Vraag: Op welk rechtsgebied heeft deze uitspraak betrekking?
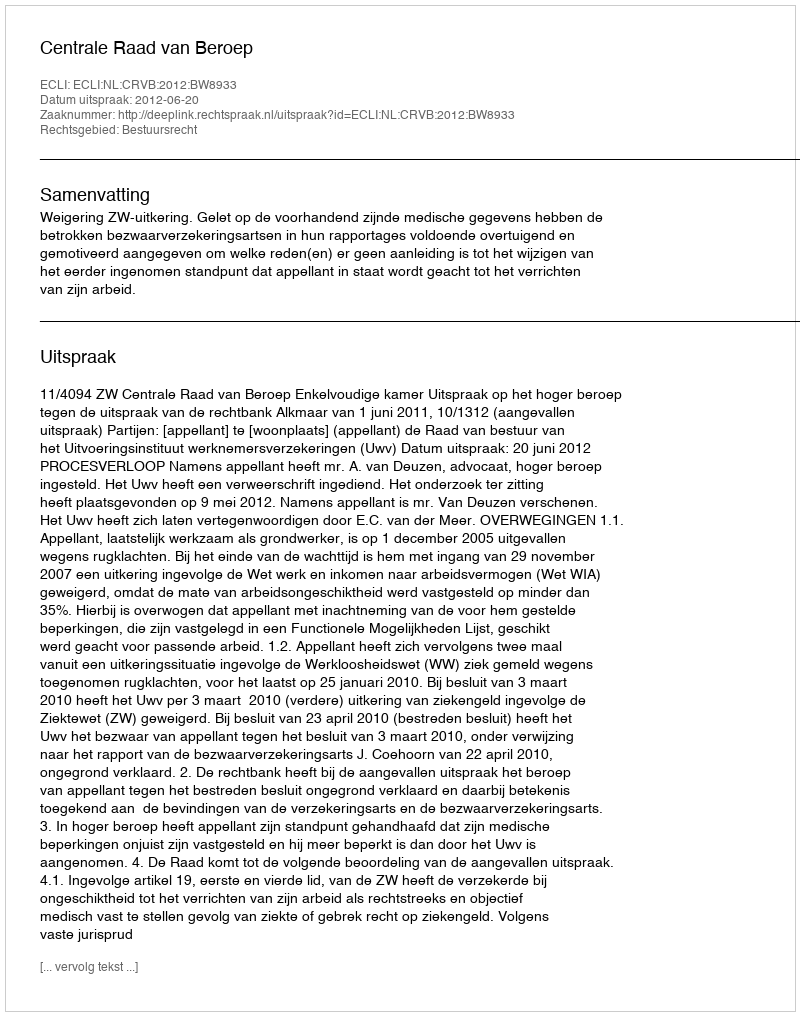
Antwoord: Bestuursrecht